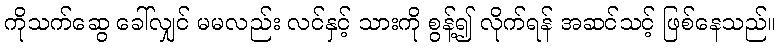
ကိုသက်ဆွေ ခေါ်လျှင် မမလည်း လင်နှင့် သားကို စွန့်၍ လိုက်ရန် အဆင်သင့် ဖြစ်နေသည်။